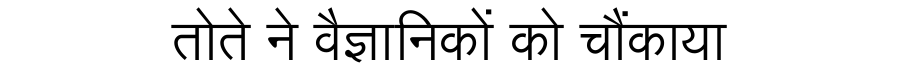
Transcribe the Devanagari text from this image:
तोते ने वैज्ञानिकों को चौंकाया